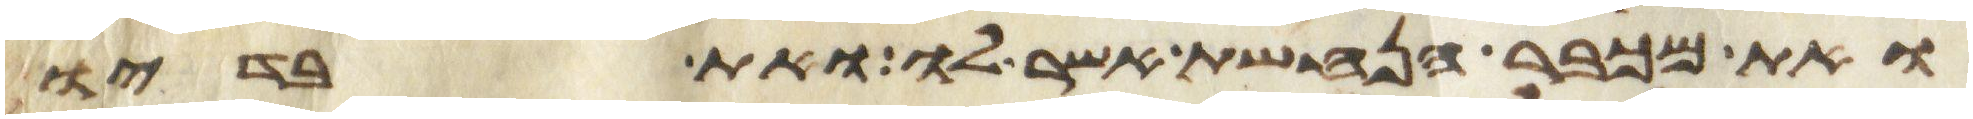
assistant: ואת מכבר הנחשת אשר לו ואת בדיו